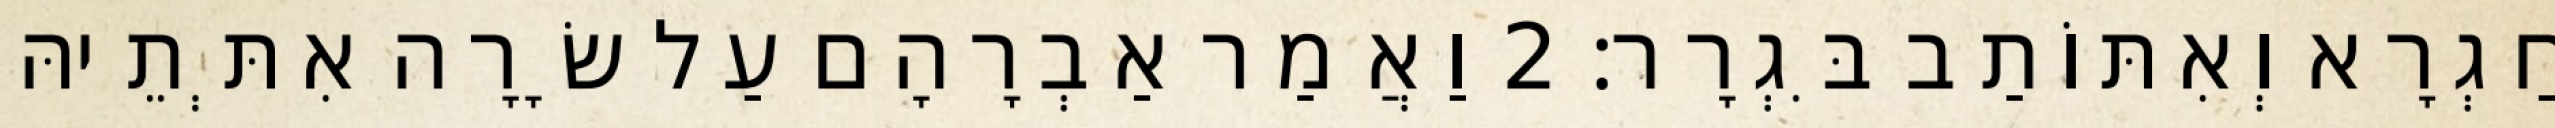
חַגְרָא וְאִתּוֹתַב בִּגְרָר׃ 2 וַאֲמַר אַבְרָהָם עַל שָׂרָה אִתְּתֵיהּ